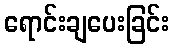
ရောင်းချပေးခြင်း